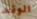
الوقت